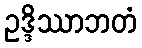
ဥဒ္ဒိဿာဘတံ